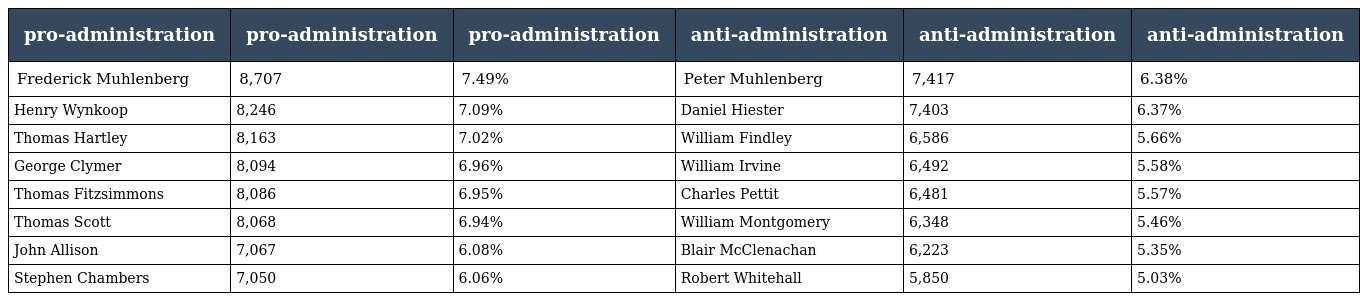
| pro-administration | pro-administration | pro-administration | anti-administration | anti-administration | anti-administration |
 | --- | --- | --- | --- | --- | --- |
 | Frederick Muhlenberg | 8,707 | 7.49% | Peter Muhlenberg | 7,417 | 6.38% |
 | Henry Wynkoop | 8,246 | 7.09% | Daniel Hiester | 7,403 | 6.37% |
 | Thomas Hartley | 8,163 | 7.02% | William Findley | 6,586 | 5.66% |
 | George Clymer | 8,094 | 6.96% | William Irvine | 6,492 | 5.58% |
 | Thomas Fitzsimmons | 8,086 | 6.95% | Charles Pettit | 6,481 | 5.57% |
 | Thomas Scott | 8,068 | 6.94% | William Montgomery | 6,348 | 5.46% |
 | John Allison | 7,067 | 6.08% | Blair McClenachan | 6,223 | 5.35% |
 | Stephen Chambers | 7,050 | 6.06% | Robert Whitehall | 5,850 | 5.03% |